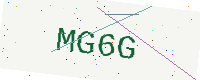
Text: MG6G